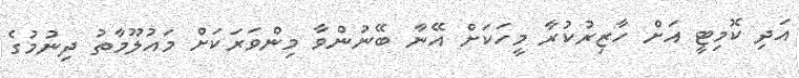
އަދި ކޮމިޓީ އަށް ހާޒިރުކުރާ މީހަކަށް އޭނާ ބޭނުންވާ މިންވަރަކަށް މައުލޫމާތު ދިނުމުގެ